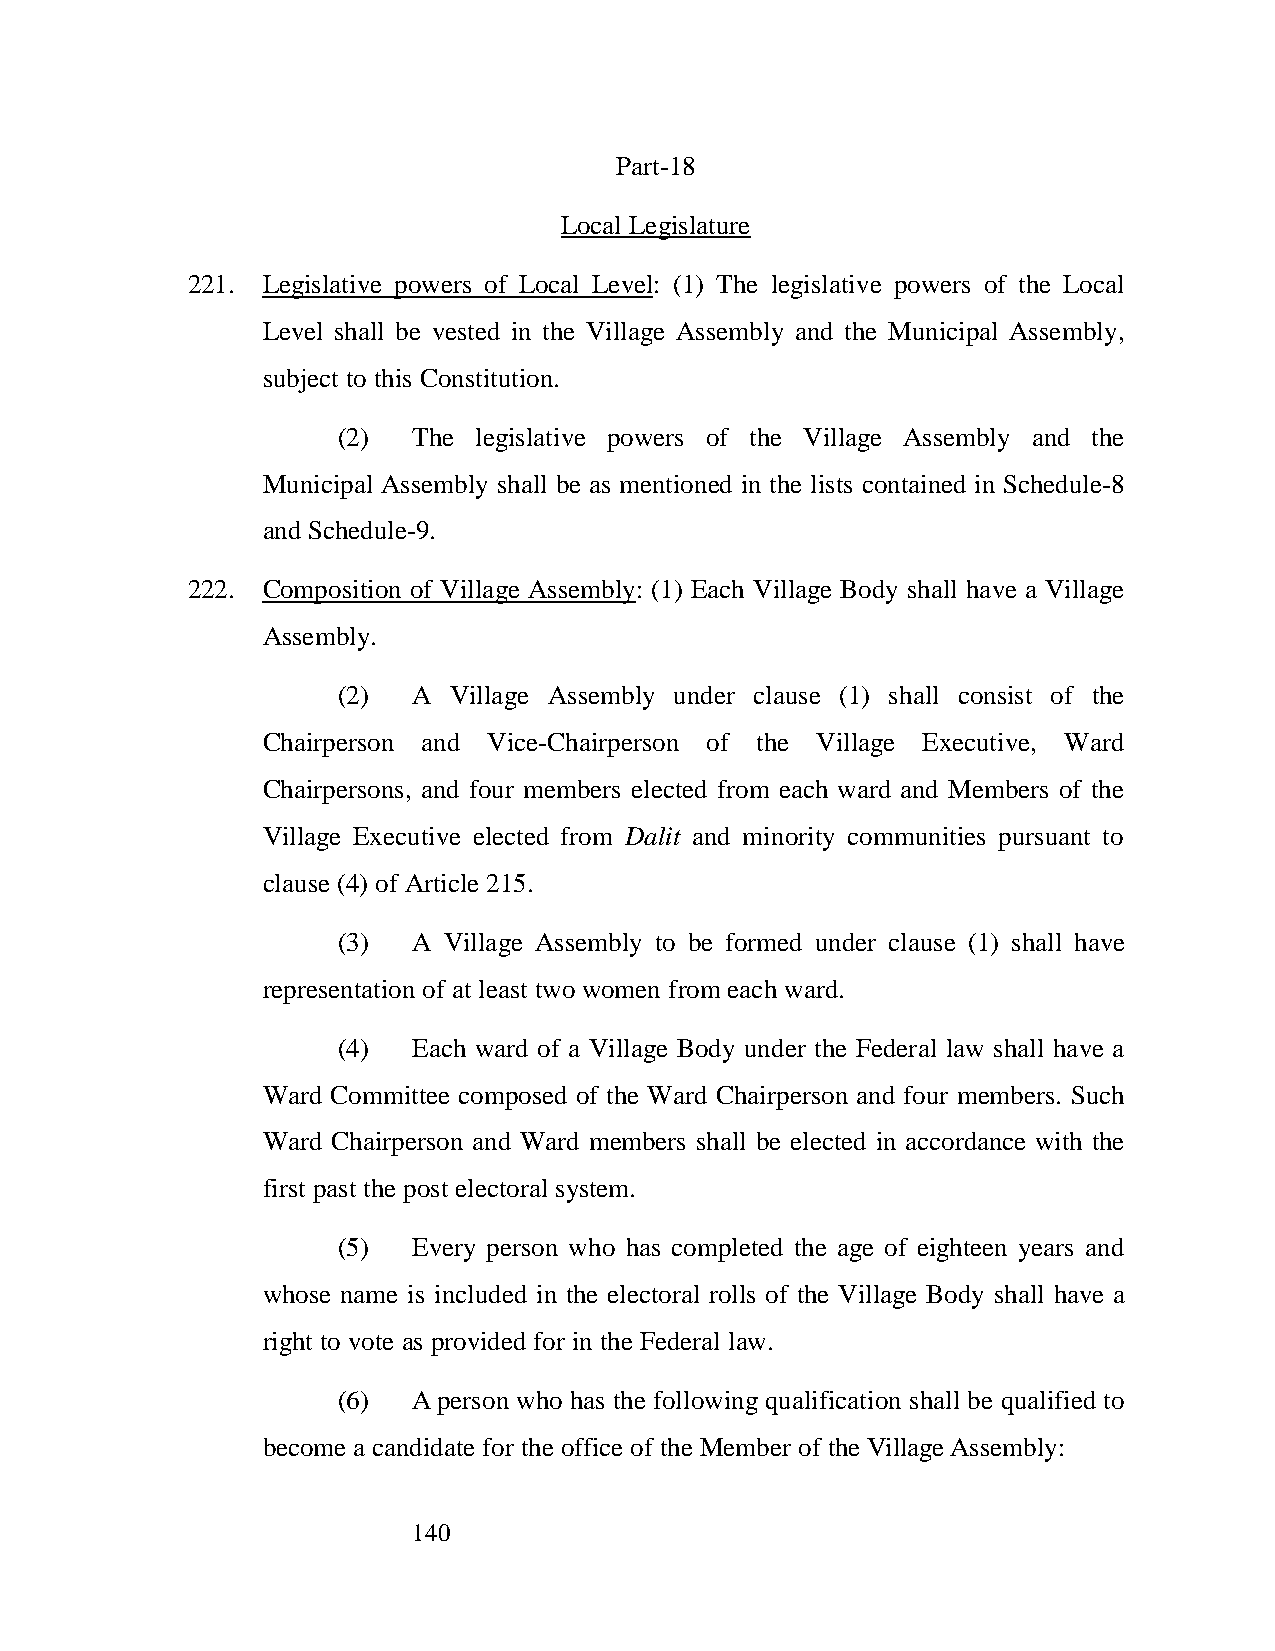
Part-18
 Local Legislature
 221. Legislative powers of Local Level: (1) The legislative powers of the Local
 Level shall be vested in the Village Assembly and the Municipal Assembly,
 subject to this Constitution.
 (2)  The legislative powers of the Village Assembly and the
 Municipal Assembly shall be as mentioned in the lists contained in Schedule-8
 and Schedule-9.
 222. Composition of Village Assembly: (1) Each Village Body shall have a Village
 Assembly.
 (2)  A  Village Assembly under clause (1) shall consist of the
 Chairperson and Vice-Chairperson of the Village Executive, Ward
 Chairpersons, and four members elected from each ward and Members of the
 Village Executive elected from Dalit and minority communities pursuant to
 clause (4) of Article 215.
 (3)  A Village Assembly to be formed under clause (1) shall have
 representation of at least two women from each ward.
 (4)  Each ward of a Village Body under the Federal law shall have a
 Ward Committee composed of the Ward Chairperson and four members. Such
 Ward Chairperson and Ward members shall be elected in accordance with the
 first past the post electoral system.
 (5)  Every person who has completed the age of eighteen years and
 whose name is included in the electoral rolls of the Village Body shall have a
 right to vote as provided for in the Federal law.
 (6)  A person who has the following qualification shall be qualified to
 become a candidate for the office of the Member of the Village Assembly:
 140